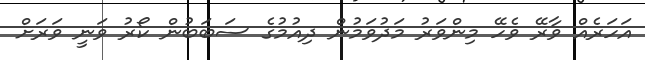
އަހަރެއް ވާރޭ ވެހޭ މިންވަރު މަދުވަމުން ދިއުމުގެ ސަބަބުން ކޯރު ވަނީ ވަރަށް